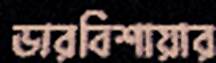
ডারবিশায়ার